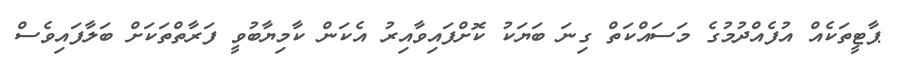
ޕާޓީތަކެއް އުފެއްދުމުގެ މަސައްކަތް ގިނަ ބަޔަކު ކޮށްފައިވާއިރު އެކަން ކާމިޔާބުވީ ފަރާތްތަކަށް ބަލާފައިވެސް